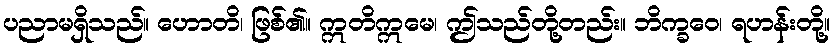
ပညာမရှိသည်။ ဟောတိ၊ ဖြစ်၏။ ဣတိဣမေ၊ ဤသည်တို့တည်း။ ဘိက္ခဝေ၊ ရဟန်းတို့။